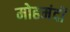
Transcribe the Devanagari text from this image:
मोहमंदों